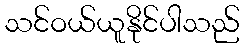
သင်ဝယ်ယူနိုင်ပါသည်